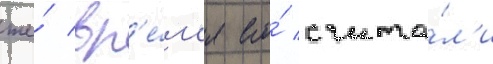
же́ вр'е́м'я его́ счита́л'и